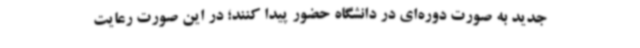
جدید به صورت دوره‌ای در دانشگاه حضور پیدا کنند؛ در این صورت رعایت